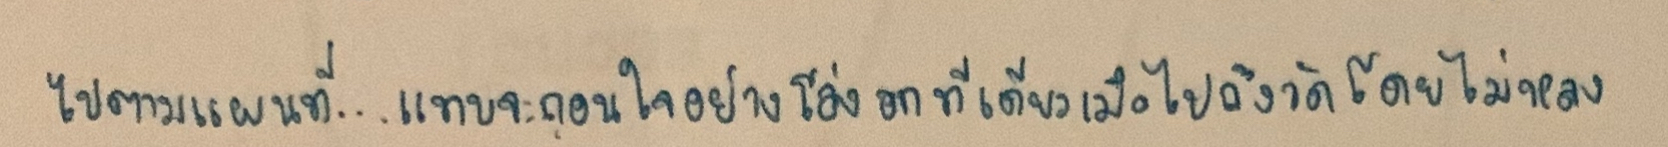
ไปตามแผนที่...แทบจะถอนใจอย่างโล่งอกทีเดียวเมื่อไปถึงวัดโดยไม่หลง